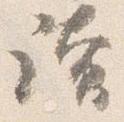
読